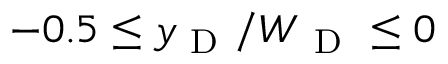
- 0 . 5 \leq y _ { \mathrm { ~ D ~ } } / W _ { \mathrm { ~ D ~ } } \leq 0